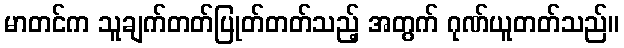
မာတင်က သူချက်တတ်ပြုတ်တတ်သည့် အတွက် ဂုဏ်ယူတတ်သည်။